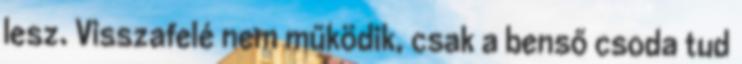
lesz. Visszafelé nem működik, csak a benső csoda tud